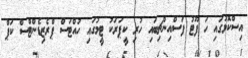
އިސްކޮޅުގައި ހަ ފޫޓު ފަސްއިންޗިބައި ހުރި ކީޕަރަކު ޓީމުގައި ހުއްޓަސް ޕްރެޒިޑެންޓްސް ކަޕް